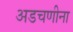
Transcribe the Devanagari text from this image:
अडचणीना